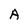
Character: A